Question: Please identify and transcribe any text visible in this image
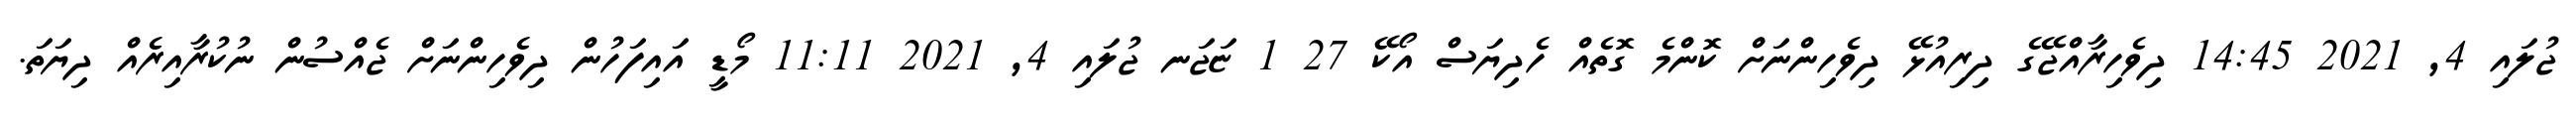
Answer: ޖުލައި 4, 2021 14:45 ދިވެހިރާއްޖޭގެ ދިރިއުޅޭ ދިވެހިންނަށް ކޮންމެ ގޮތެއް ހެދިޔަސް އޯކޭ 27 1 ޏަޖަނ ޖުލައި 4, 2021 11:11 މޯޑީ އައިފަހުން ދިވެހިންނަށް ޖެއްސުން ނުކުރާއިރެއް ދިޔަތަ.